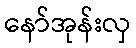
နော်အုန်းလှ